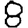
Digit: 8